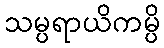
သမ္ပရာယိကမ္ပိ